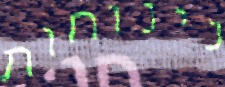
נינוחות